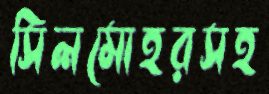
সিলমোহরসহ